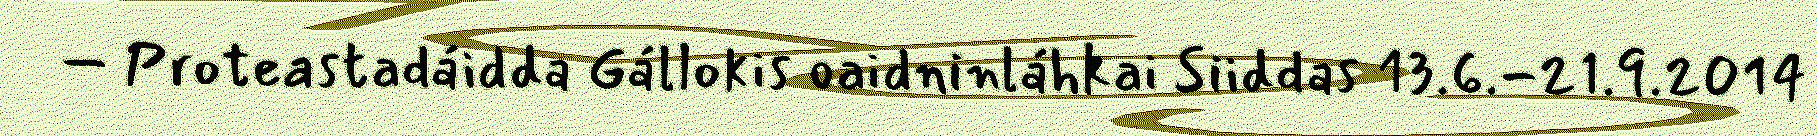
– Proteastadáidda Gállokis oaidninláhkai Siiddas 13.6.-21.9.2014